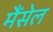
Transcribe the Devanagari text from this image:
मैंसेल